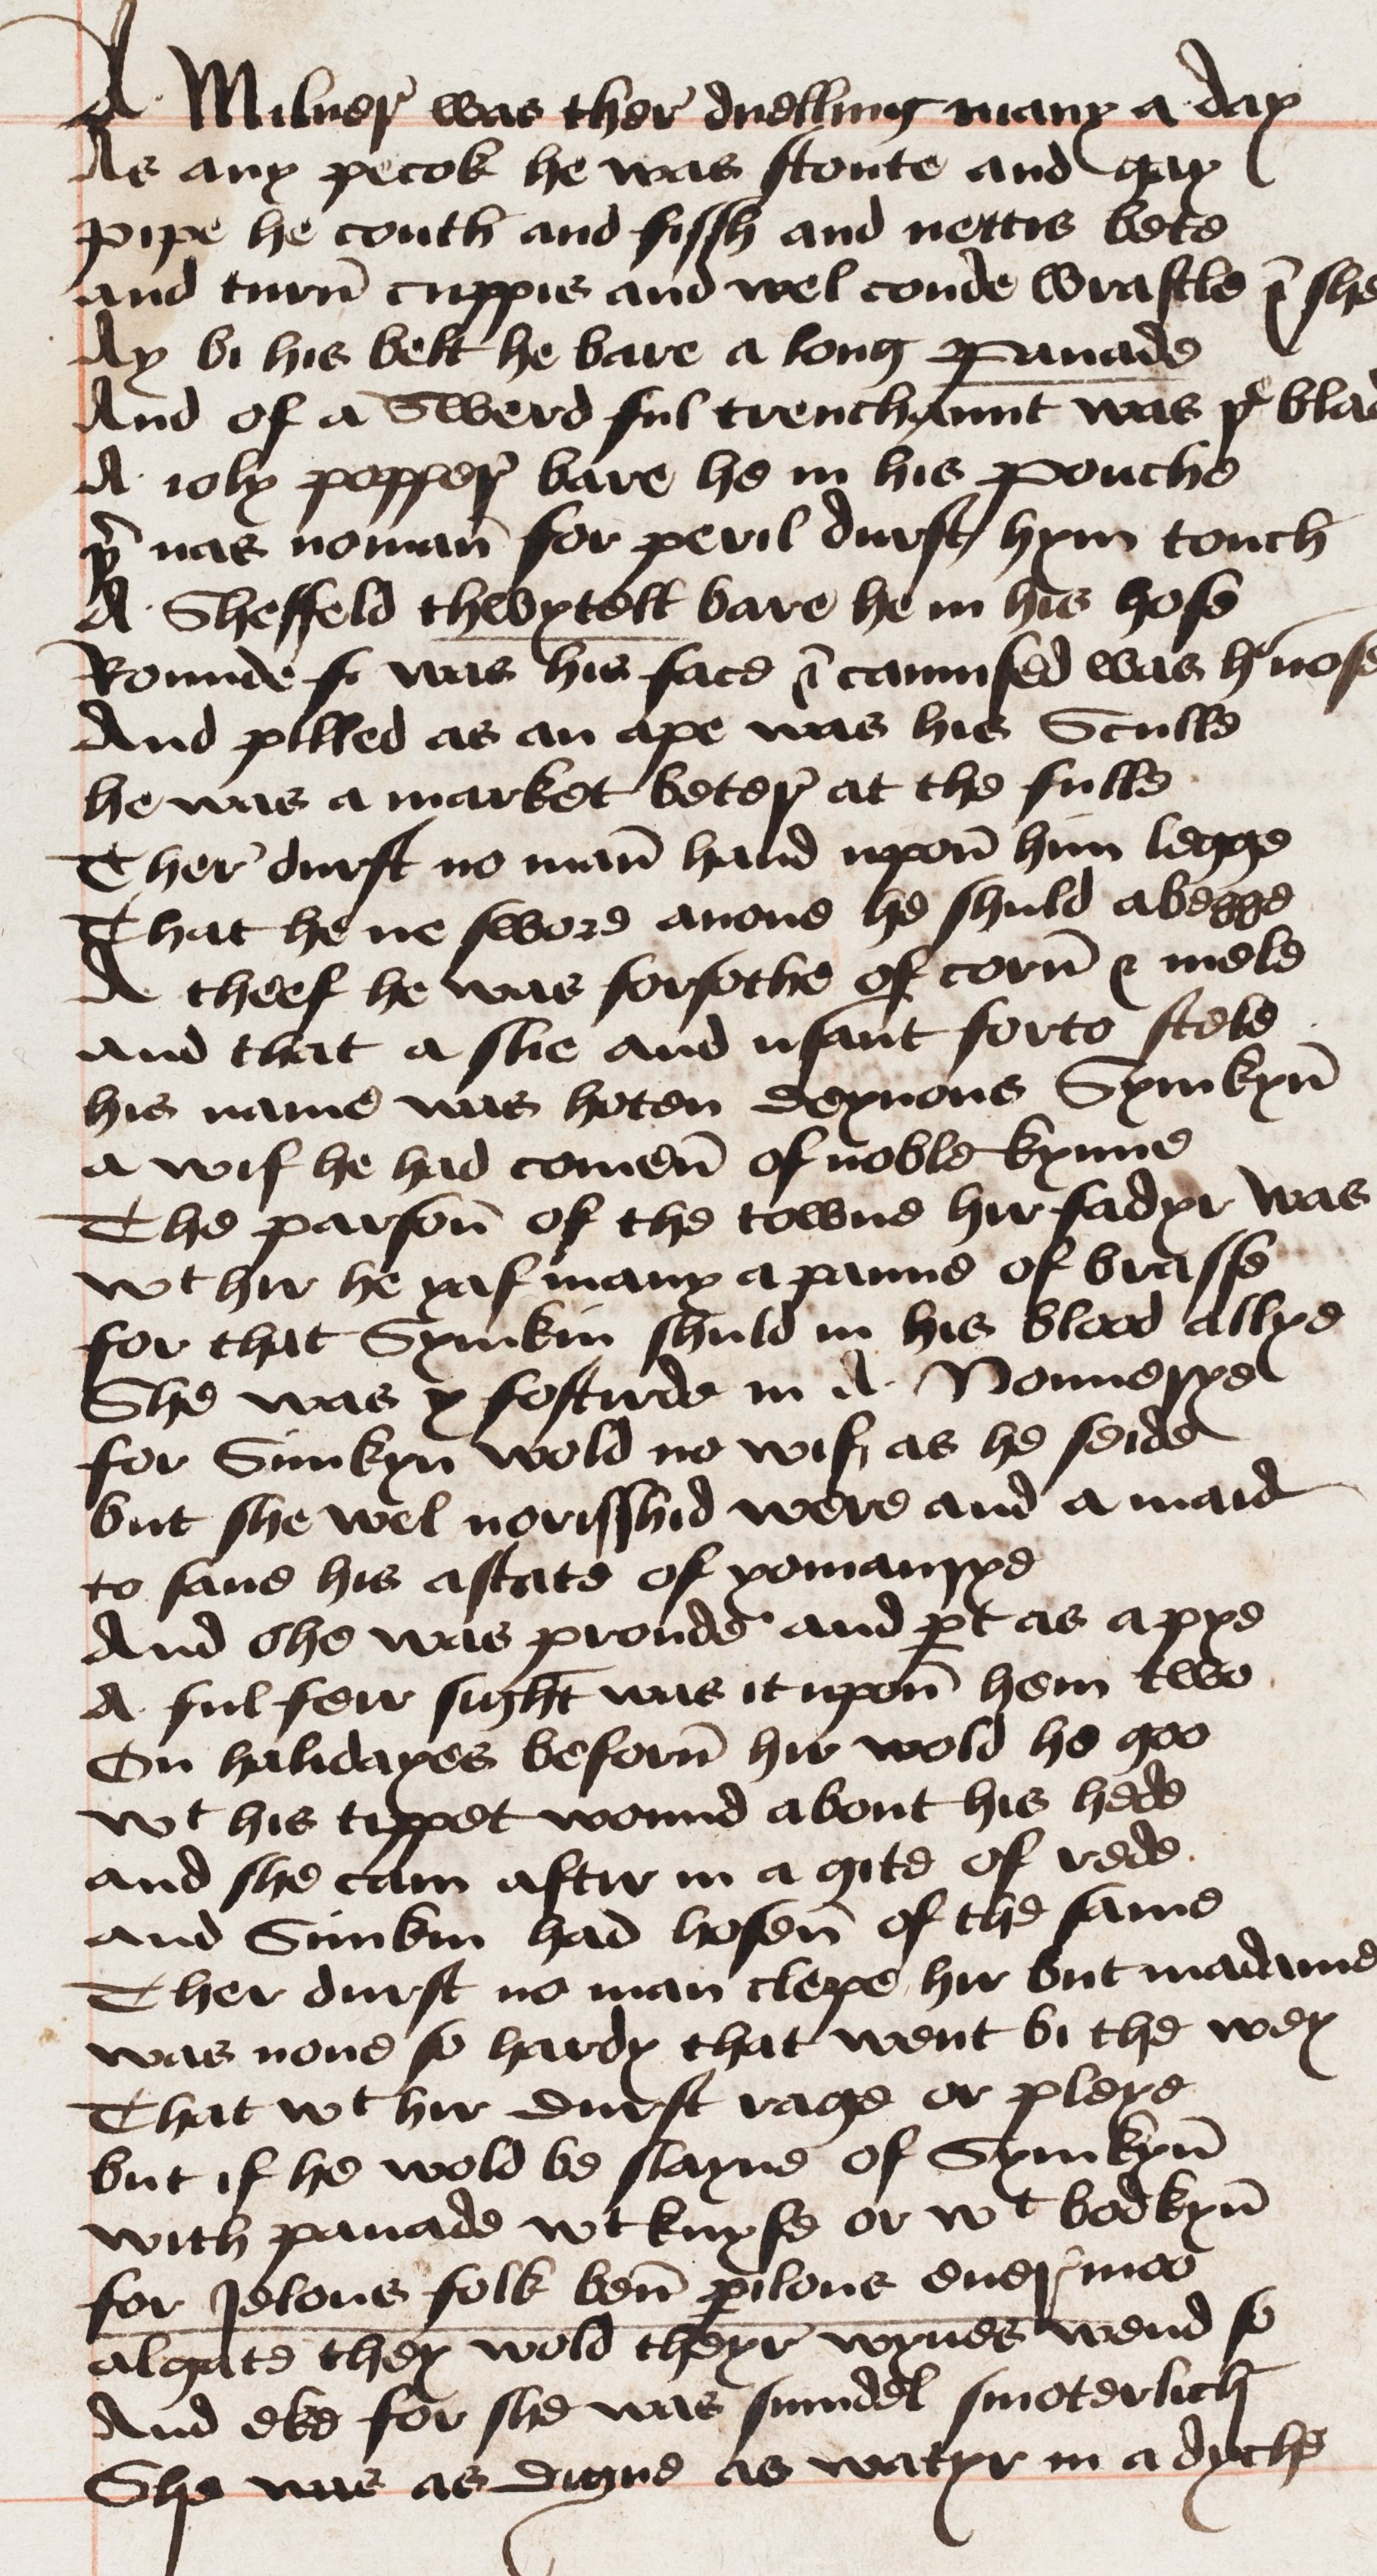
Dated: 1460–1499